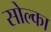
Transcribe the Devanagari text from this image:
सोल्का